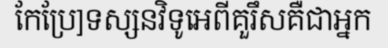
កែប្រែ]ទស្សនវិទូអេពីគួរឹសគឺជាអ្នក